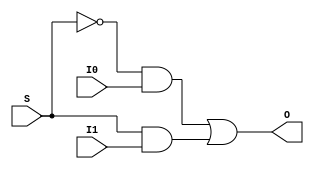
module mux_2x1_1bit (I0, I1, S, O);
input I0, I1, S;
output O;

wire Sbar, w1, w2;

not(Sbar, S);
and(w1, Sbar, I0);
and(w2, S, I1);
or(O, w1, w2);

endmodule